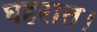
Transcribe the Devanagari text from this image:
घहरात।